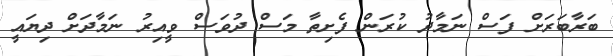
ބަރާބަރަށް ފަސް ނަމާދު ކުރަން ފެށިތާ މަސް ދުވަސް ވީއިރު ނަމާދަށް ދިޔައީ